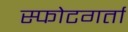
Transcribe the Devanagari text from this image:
स्फोटगर्ता